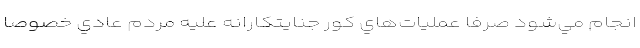
انجام مي‌شود صرفا عمليات‌هاي كور جنايتكارانه عليه مردم عادي خصوصا